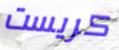
كريست